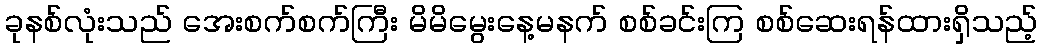
ခုနစ်လုံးသည် အေးစက်စက်ကြီး မိမိမွေးနေ့မနက် စစ်ခင်းကြ စစ်ဆေးရန်ထားရှိသည့်